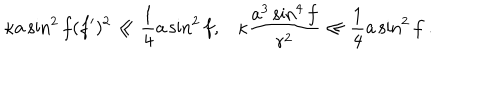
LaTeX: \kappa a \sin ^ { 2 } f ( f ^ { \prime } ) ^ { 2 } \ll \frac { 1 } { 4 } a \sin ^ { 2 } f , \kappa \frac { a ^ { 3 } \sin ^ { 4 } f } { r ^ { 2 } } \ll \frac { 1 } { 4 } a \sin ^ { 2 } f \ .